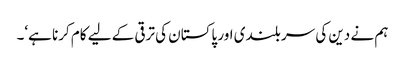
ہم نے دین کی سر بلندی اور پاکستان کی ترقی کے لیے کام کرنا ہے‘۔